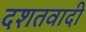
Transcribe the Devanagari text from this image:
दशतवादी